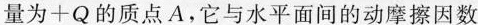
量为+Q的质点A.它与水平面间的动摩擦因数